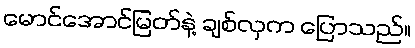
မောင်အောင်မြတ်နဲ့ ချစ်လှက ပြောသည်။